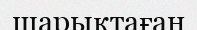
шарықтаған